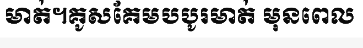
មាត់។គូសគែមបបូរមាត់ មុនពេល